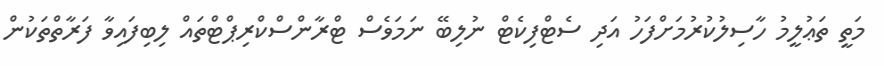
މަތީ ތަޢުލީމު ހާސިލުކުރުމަށްފަހު އަދި ސެޓްފިކެޓް ނުލިބޭ ނަމަވެސް ޓްރާންސްކްރިޕްޓްތައް ލިބިފައިވާ ފަރާތްތަކުން